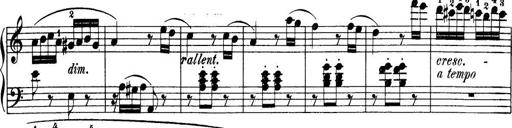
Title: 32 Sonatinas and Rondos for the Piano
Composer: Richard Kleinmichel